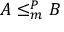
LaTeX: A \leq _ { m } ^ { P } B